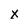
Character: x